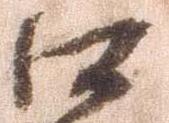
口